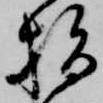
指